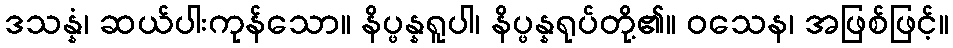
ဒသန္နံ၊ ဆယ်ပါးကုန်သော။ နိပ္ဖန္နရူပါ၊ နိပ္ဖန္နရုပ်တို့၏။ ဝသေန၊ အဖြစ်ဖြင့်။